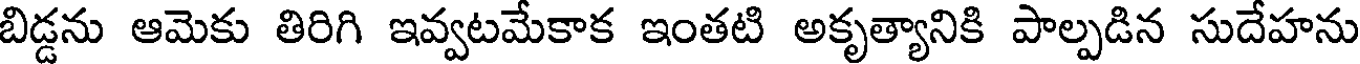
బిడ్డను ఆమెకు తిరిగి ఇవ్వటమేకాక ఇంతటి అకృత్యానికి పాల్పడిన సుదేహను